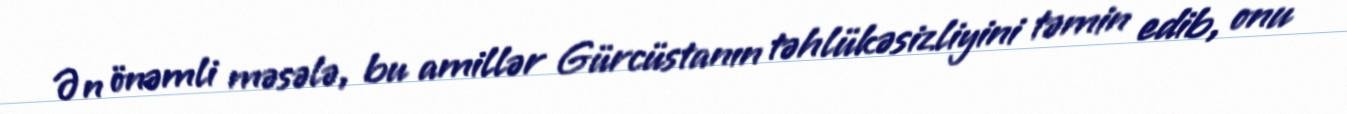
Ən önəmli məsələ, bu amillər Gürcüstanın təhlükəsizliyini təmin edib, onu